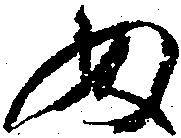
ぬ